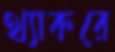
থ্যাকরে